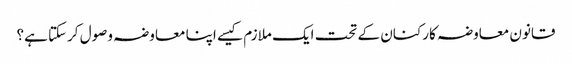
قانون معاوضہ کارکنان کے تحت ایک ملازم کیسے اپنا معاوضہ وصول کرسکتا ہے؟